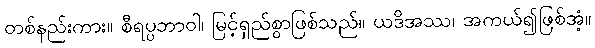
တစ်နည်းကား။ စီရပ္ပဘာဝါ၊ မြင့်ရှည်စွာဖြစ်သည်။ ယဒိအဿ၊ အကယ်၍ဖြစ်အံ့။